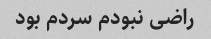
راضی نبودم سردم بود